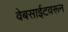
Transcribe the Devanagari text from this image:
वेबसाईटवरून